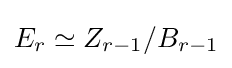
E_{r}\simeq Z_{r-1}/B_{r-1}